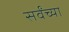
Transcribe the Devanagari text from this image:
सर्वंच्या